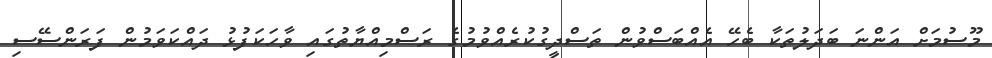
މޫސުމަށް އަންނަ ބަދަލުތަކާ ބެހޭ އެއްބަސްވުން ތަސްދީގުކުރެއްވުމުގެ ރަސްމިއްޔާތުގައި ވާހަކަފުޅު ދައްކަވަމުން ފަރަންސޭސި